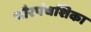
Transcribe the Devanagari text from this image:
चौरपंचशिका